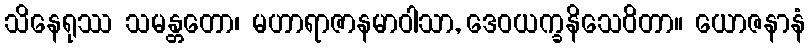
သိနေရုဿ သမန္တတော၊ မဟာရာဇာနမာဝါသာ, ဒေဝယက္ခနိသေဝိတာ။ ယောဇနာနံ